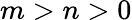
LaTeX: m>n>0